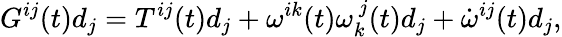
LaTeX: G^{ij}(t)d_{j}=T^{ij}(t)d_{j}+\omega^{ik}(t)\omega_{k}^{\ j}(t)d_{j}+\dot{\omega}^{ij}(t)d_{j},